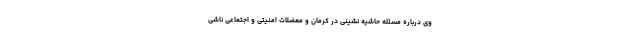
وی درباره مسئله حاشیه نشینی در کرمان و معضلات امنیتی و اجتماعی ناشی